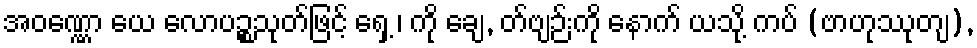
အဝဏ္ဏော ယေ လောပဉ္စသုတ်ဖြင့် ရှေ့ ၊ ကို ချေ, တ်ဗျဉ်းကို နောက် ယသို့ ကပ် (ဗာဟုဿုတျ),